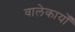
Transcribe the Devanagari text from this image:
वालेकार्यों